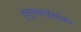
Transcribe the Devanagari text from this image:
युसूफझाईसोबत